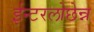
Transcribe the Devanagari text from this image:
ईन्टरलोछेन्न